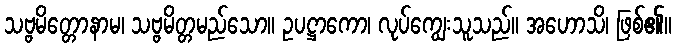
သဗ္ဗမိတ္တောနာမ၊ သဗ္ဗမိတ္တမည်သော။ ဥပဋ္ဌာကော၊ လုပ်ကျွေးသူသည်။ အဟောသိ၊ ဖြစ်၏။